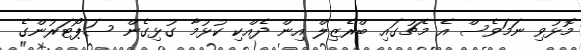
މޮޅުވި ނަމަވެސް އެ މެޗުގައި ބްރެޒިލް އިން ދެއްކި ކުޅުމާ ގުޅިގެން ސަޕޯޓަރުންގެ